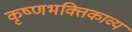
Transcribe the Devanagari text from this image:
कृष्णभक्तिकाव्य